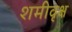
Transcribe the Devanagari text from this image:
शमीवृक्ष